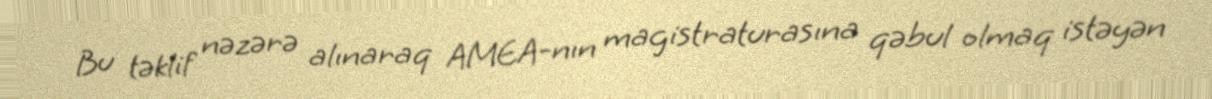
Bu təklif nəzərə alınaraq AMEA-nın magistraturasına qəbul olmaq istəyən